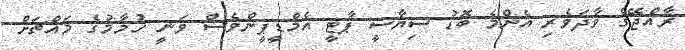
ރާއްޖޭގެ ވާދަވެރި އެންމެ ބޮޑު ސިޔާސީ ޕާޓީ އެމްޑީޕީންވެސް ވަނީ ހުމާމުގެ މައްޗަށް